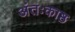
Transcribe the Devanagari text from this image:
अंतःकाष्ठ